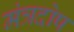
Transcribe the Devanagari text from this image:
मंत्रदोष